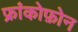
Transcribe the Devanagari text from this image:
फ्रांकोफ़ोन